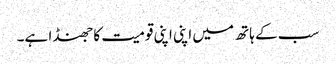
سب کے ہاتھ میں اپنی اپنی قومیت کا جھنڈا ہے۔